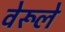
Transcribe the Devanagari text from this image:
वेरूले